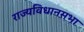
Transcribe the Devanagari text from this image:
राज्यविधानसभा